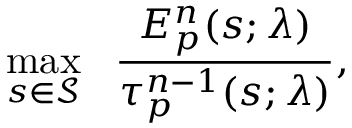
\operatorname* { m a x } _ { s \in \mathcal { S } } ~ ~ \frac { E _ { p } ^ { n } ( s ; \lambda ) } { \tau _ { p } ^ { n - 1 } ( s ; \lambda ) } ,